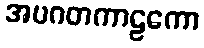
အပဂတကာဠကော